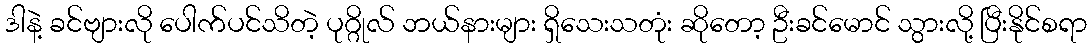
ဒါနဲ့ ခင်ဗျားလို ပေါက်ပင်သိတဲ့ ပုဂ္ဂိုလ် ဘယ်နားများ ရှိသေးသတုံး ဆိုတော့ ဦးခင်မောင် သွားလို့ ပြီးနိုင်စရာ